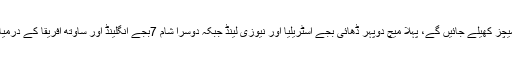
آج دو میچز کھیلے جائیں گے، پہلا میچ دوپہر ڈھائی بجے آسٹریلیا اور نیوزی لینڈ جبکہ دوسرا شام 7بجے انگلینڈ اور ساؤتھ افریقا کے درمیان ہوگا۔